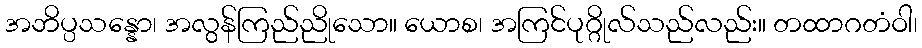
အဘိပ္ပသန္နော၊ အလွန်ကြည်ညိုသော။ ယောစ၊ အကြင်ပုဂ္ဂိုလ်သည်လည်း။ တထာဂတံဝါ၊